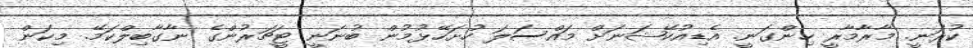
ކުރަނީ. މާރާމާރީ ހިންގަނީ. އެޑިއުކޭޝަނަށް މައްސަލަ ހުށަހޭޅުމުން ބުނަނީ ޓީޗަރުންގެ ނާގާބިލްކަމޭ. މިކަން